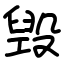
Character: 毁